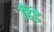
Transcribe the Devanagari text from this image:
हिंडे